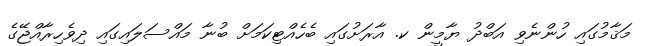
މަޤާމުގައި ހުންނެވި އަބްދު ޔާމީން ކ. އާރަށުގައި ބެހެއްޓިކަމަށް ބުނާ މައްސަލައިގައި ދިވެހިރާއްޖޭގެ